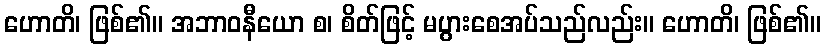
ဟောတိ၊ ဖြစ်၏။ အဘာဝနီယော စ၊ စိတ်ဖြင့် မပွားစေအပ်သည်လည်း။ ဟောတိ၊ ဖြစ်၏။